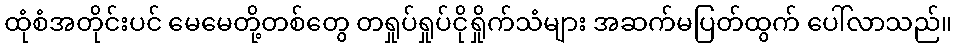
ထုံစံအတိုင်းပင် မေမေတို့တစ်တွေ တရှုပ်ရှုပ်ငိုရှိုက်သံများ အဆက်မပြတ်ထွက် ပေါ်လာသည်။